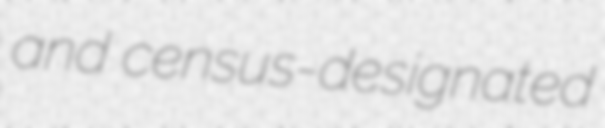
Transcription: and census-designated